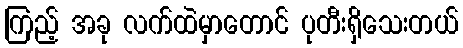
ကြည့် အခု လက်ထဲမှာတောင် ပုတီးရှိသေးတယ်